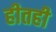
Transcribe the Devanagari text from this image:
हीतही